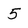
Character: 5